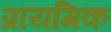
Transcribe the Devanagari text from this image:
प्रायगिक